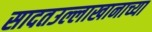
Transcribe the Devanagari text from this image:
सादतउल्लाखानाच्या